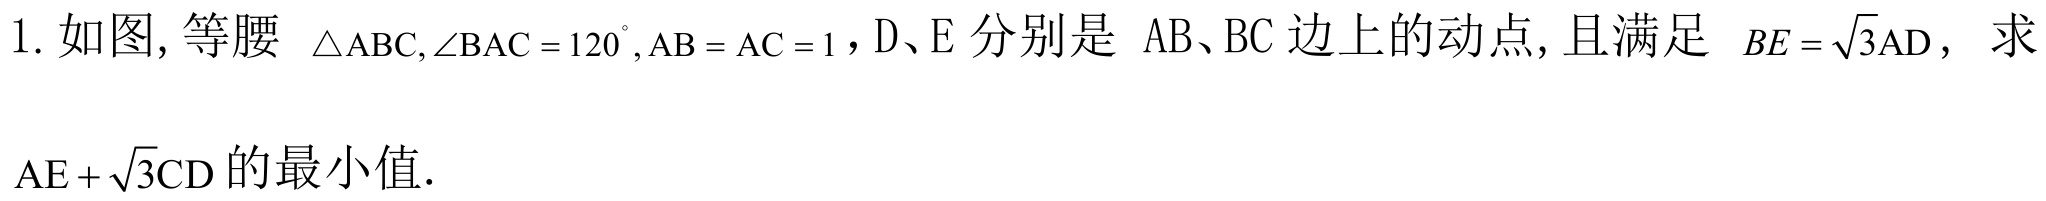
1. 如图, 等腰 \(\triangle ABC,\angle BAC = 120^{\circ},AB = AC = 1\)，D、E 分别是 \(AB\)、\(BC\)边上的动点, 且满足 \(BE=\sqrt{3}AD\)，求 \(AE+\sqrt{3}CD\) 的最小值.